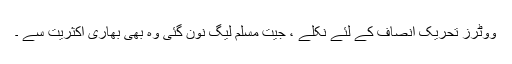
ووٹرز تحریک انصاف کے لئے نکلے ، جیت مسلم لیگ نون گئی وہ بھی بھاری اکثریت سے ۔